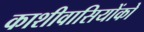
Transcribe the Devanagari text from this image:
काशीवासियोंको